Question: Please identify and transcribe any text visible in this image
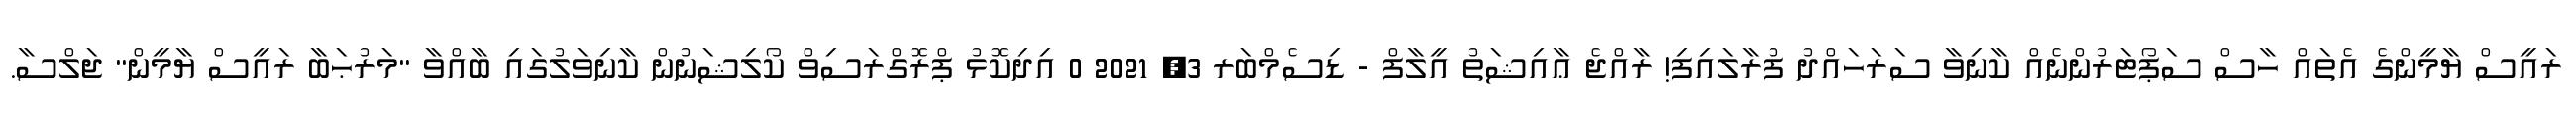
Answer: ރައީސް ޔާމީންގެ އެތައް ހާސް ސަޕޯޓަރުންނެއް ކާނިވާ ސަރަހައްދު ފުރާލައިފި! ރާއްޖެ ޢާއިޝަތު އީލާފް - ޑިސެމްބަރ 3, 2021 0 އިދިކޮޅު ޕްރޮގްރަސިވް ކޯލިޝަނުން ކާނިވަލުގައި ބާއްވާ "މަރުޙަބާ ރައީސް ޔާމީން" ޖަލްސާ.